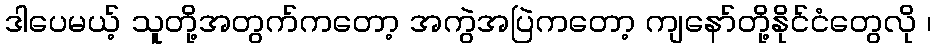
ဒါပေမယ့် သူတို့အတွက်ကတော့ အကွဲအပြဲကတော့ ကျနော်တို့နိုင်ငံတွေလို ၊